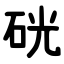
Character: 硄